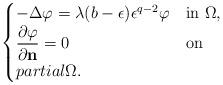
LaTeX: \begin{align*} \begin{cases}-\Delta \varphi = \lambda (b-\epsilon) \epsilon^{q-2} \varphi & \mbox{in} \ \Omega, \\\dfrac{\partial \varphi}{\partial \mathbf{n}} = 0 & \mbox{on} \\partial \Omega.\end{cases}\end{align*}